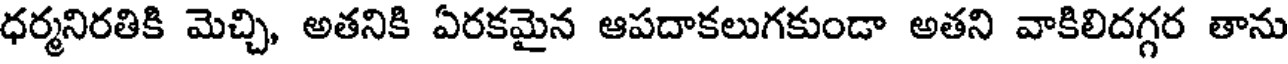
ధర్మనిరతికి మెచ్చి, అతనికి ఏరకమైన ఆపదాకలుగకుండా అతని వాకిలిదగ్గర తాను